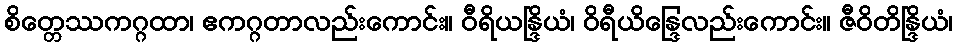
စိတ္တေဿကဂ္ဂထာ၊ ဧကဂ္ဂတာလည်းကောင်း။ ဝီရိယန္ဒြိယံ၊ ဝိရီယိန္ဒြေလည်းကောင်း။ ဇီဝိတိန္ဒြိယံ၊